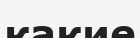
какие